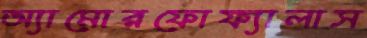
অ্যামোরফোফ্যালাস